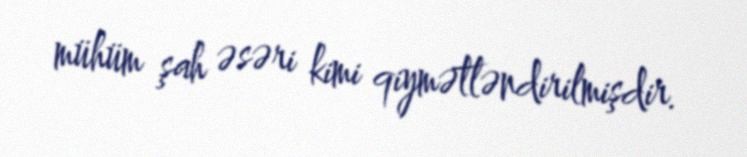
mühüm şah əsəri kimi qiymətləndirilmişdir.